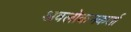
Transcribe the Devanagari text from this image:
अवलोकनकर्ता